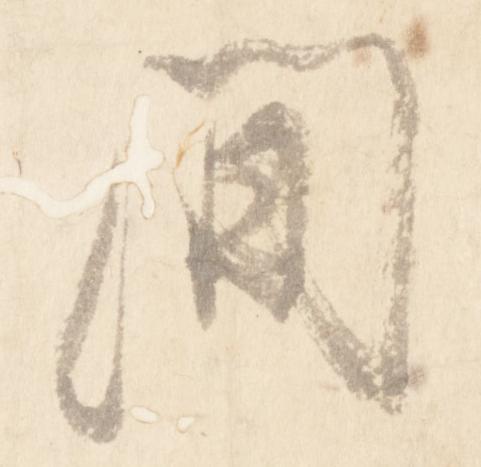
間